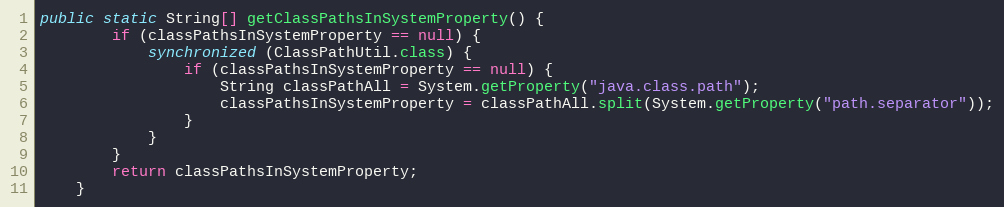
Language: Java
public static String[] getClassPathsInSystemProperty() {
        if (classPathsInSystemProperty == null) {
            synchronized (ClassPathUtil.class) {
                if (classPathsInSystemProperty == null) {
                    String classPathAll = System.getProperty("java.class.path");
                    classPathsInSystemProperty = classPathAll.split(System.getProperty("path.separator"));
                }
            }
        }
        return classPathsInSystemProperty;
    }